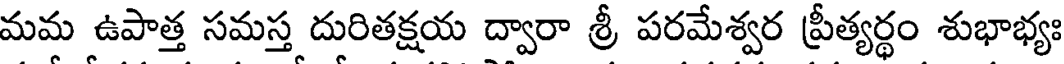
మమ ఉపాత్త సమస్త దురితక్షయ ద్వారా శ్రీ పరమేశ్వర ప్రీత్యర్థం శుభాభ్యః